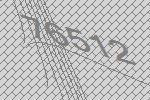
76512